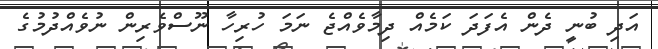
އަދި ބުނީ ދެން އެފަދަ ކަމެއް ދިމާވެއްޖެ ނަމަ ހުރިހާ ނޫސްވެރިން ނުވެއްދުމުގެ